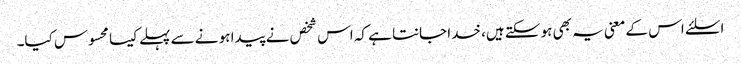
اسلئے اس کے معنی یہ بھی ہو سکتے ہیں، خدا جانتا ہے کہ اس شخص نے پیدا ہو نے سے پہلے کیسا محسوس کیا۔